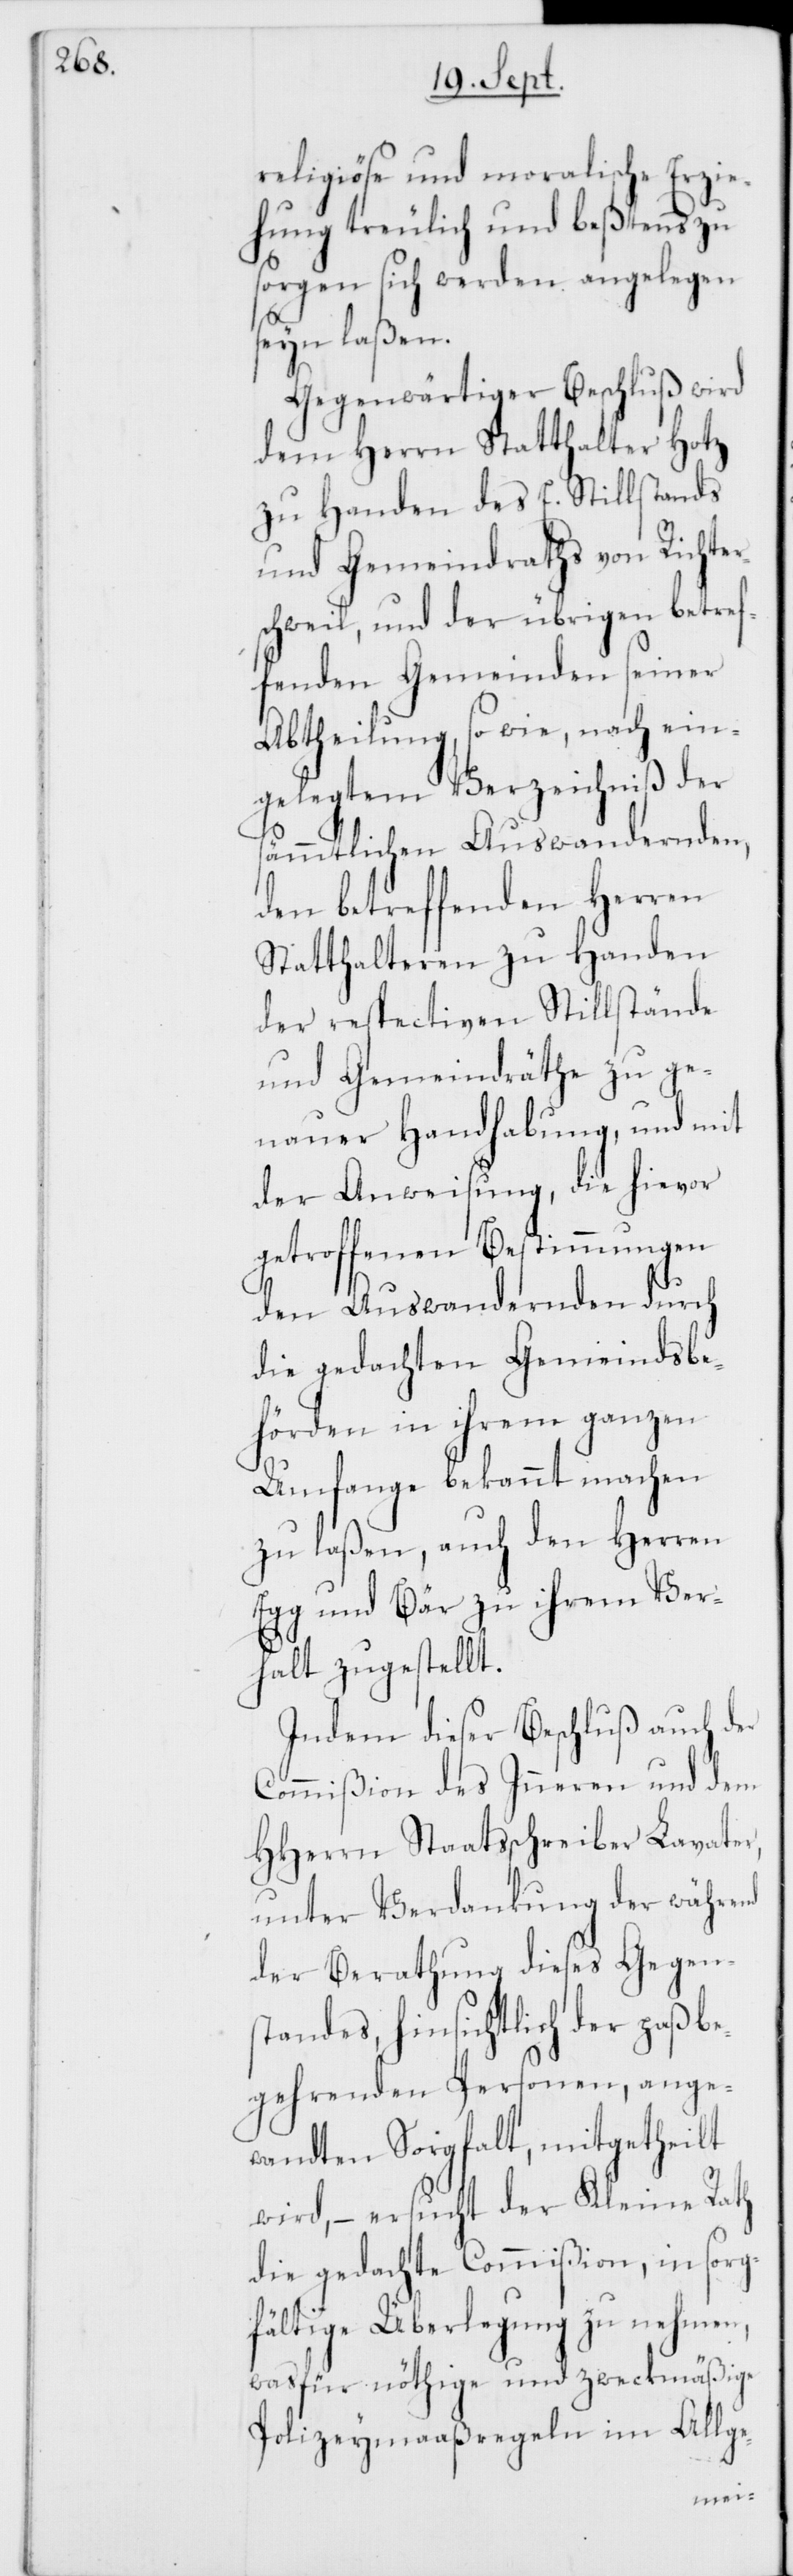
religiöse und moralische Erzie¬
hung treulich und beßtens zu
sorgen sich werden angelegen
seyn laßen.
Gegenwärtiger Beschluß wird
dem Herrn Statthalter Hotz
zu Handen des E. Stillstands
und Gemeindraths von Richter¬
schweil, und der übrigen betref¬
fenden Gemeinden seiner
Abtheilung, so wie, nach ein¬
gelegtem Verzeichniß der
sämmtlichen Auswandernden,
den betreffenden Herren
Statthalteren zu Handen
der respectiven Stillstände
und Gemeindräthe zu ge¬
nauer Handhabung, und mit
der Anweisung, die hievor
getroffenen Bestimmungen
den Auswandernden durch
die gedachten Gemeindsbe¬
hörden in ihrem ganzen
Umgange bekannt machen
zu laßen, auch den Herren
Egg und Bär zu ihrem Ver¬
halt zugestellt.
Indem dieser Beschluß auch der
Commißion des Inneren und dem
HHerrn Staatsschreiber Lavater,
unter Verdankung der während
der Berathung dieses Gegen¬
standes hinsichtlich der paßbe¬
gehrenden Personen, ange¬
wandten Sorgfalt, mitgetheilt
wird, – ersucht der Kleine Rath
die gedachte Commißion, in sorg¬
fältige Überlegung zu nehmen,
was für nöthige und zweckmäßige
Polizeymaaßregeln im Allge-